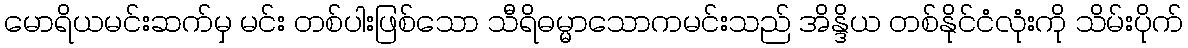
မောရိယမင်းဆက်မှ မင်း တစ်ပါးဖြစ်သော သီရိဓမ္မာသောကမင်းသည် အိန္ဒိယ တစ်နိုင်ငံလုံးကို သိမ်းပိုက်